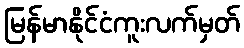
မြန်မာနိုင်ငံကူးလက်မှတ်